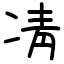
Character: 凊